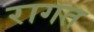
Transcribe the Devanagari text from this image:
रागत